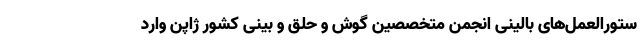
ستورالعمل‌های بالینی انجمن متخصصین گوش و حلق و بینی کشور ژاپن وارد